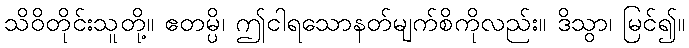
သိဝိတိုင်းသူတို့။ ဧတမ္ပိ၊ ဤငါရသောနတ်မျက်စိကိုလည်း။ ဒိသွာ၊ မြင်၍။